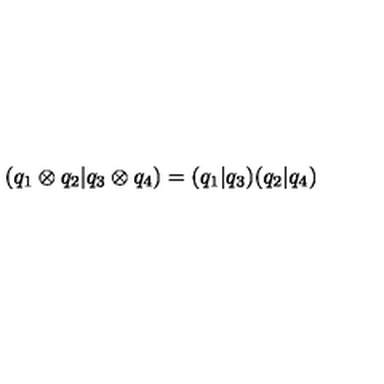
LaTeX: ( q _ { 1 } \otimes q _ { 2 } \vert q _ { 3 } \otimes q _ { 4 } ) = ( q _ { 1 } \vert q _ { 3 } ) ( q _ { 2 } \vert q _ { 4 } )